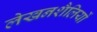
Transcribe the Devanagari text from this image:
लेखनशैलियों